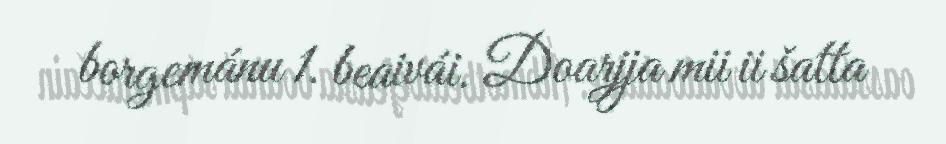
borgemánu 1. beaivái. Doarjja mii ii šatta